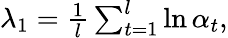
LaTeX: \begin{array}{r}{\lambda_{1}=\frac{1}{l}\sum_{t=1}^{l}\ln\alpha_{t},}\end{array}